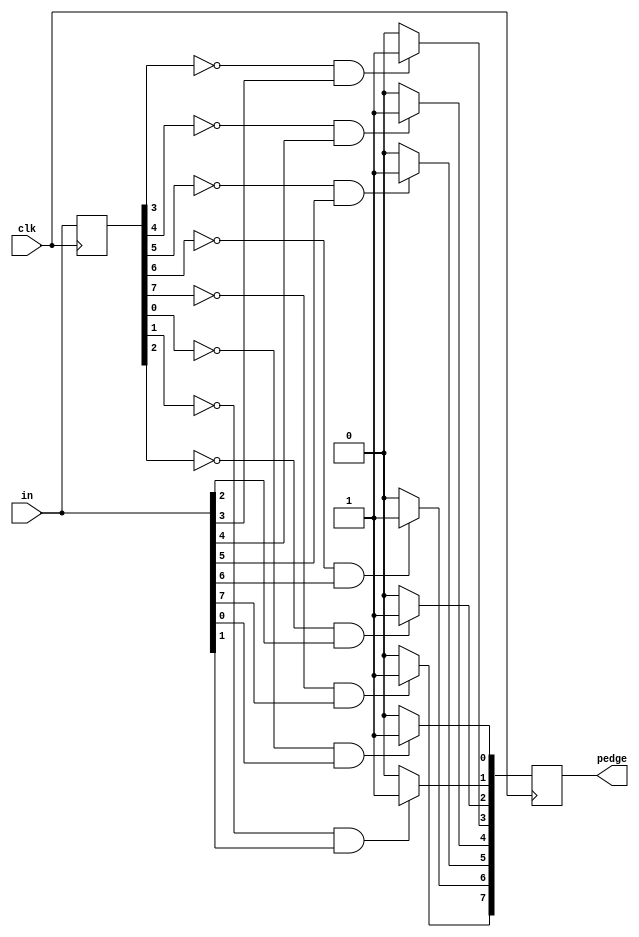
module top_module (
    input clk,
    input [7:0] in,
    output [7:0] pedge
);
    reg [7:0] in_temp;
    integer i;
    always @(posedge clk) begin
    	in_temp <= in;
        for(i=0; i<8; i++) begin
            if((in_temp[i] == 0) & (in[i] == 1))	pedge[i] <= 1;
            else pedge[i] <= 0;
        end
    end
endmodule